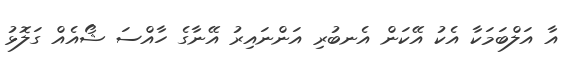
އާ އަލްބަމަކާ އެކު އޭކަން އެނބުރި އަންނައިރު އޭނާގެ ހާއްސަ ޝޯއެއް ގަލޮޅު